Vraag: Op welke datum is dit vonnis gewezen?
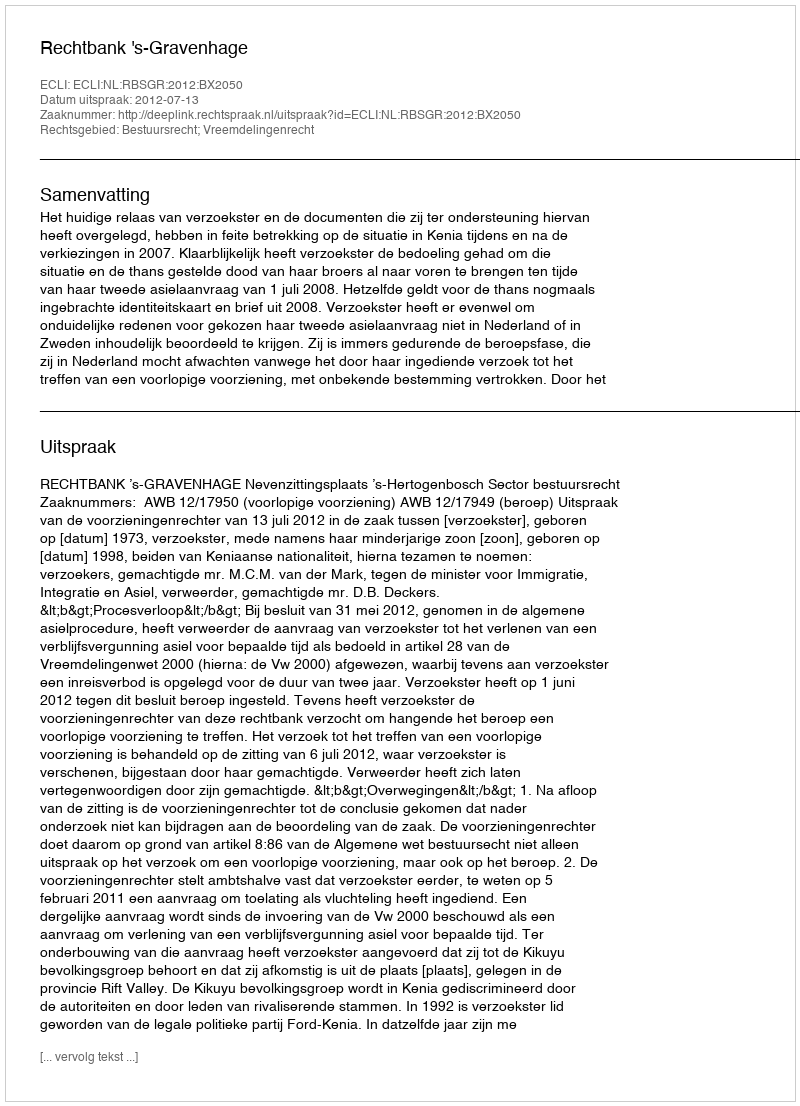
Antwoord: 2012-07-13